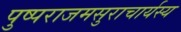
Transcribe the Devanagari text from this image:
पुष्पराजमसुराचार्यस्य